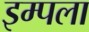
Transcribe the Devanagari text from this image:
इम्पला